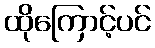
ထိုကြောင့်ပင်